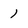
Character: 1